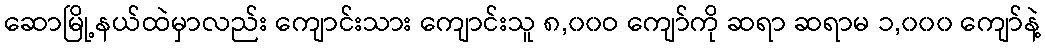
ဆောမြို့နယ်ထဲမှာလည်း ကျောင်းသား ကျောင်းသူ ၈,၀၀ဝ ကျော်ကို ဆရာ ဆရာမ ၁,၀၀၀ ကျော်နဲ့